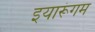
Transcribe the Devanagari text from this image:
इयारूंगम